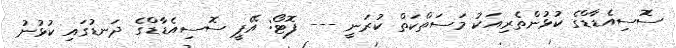
ސޮސިއެޑާޑްގެ ކުޅުންތެރިއަކު މަސަތްކަތް ކުރަނީ --- ފޮޓޯ: އޭޕީ ސޮސިއެޑާޑްގެ ދަނޑުގައި ކުޅުނު